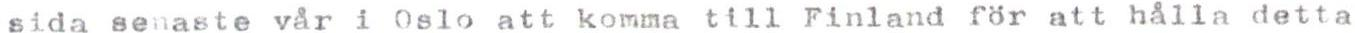
sida senaste vår i Oslo att komma till Finland för att hålla detta